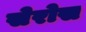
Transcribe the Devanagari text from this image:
सेरोस